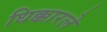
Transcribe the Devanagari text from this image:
धिक्कारले